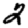
Digit: 2